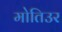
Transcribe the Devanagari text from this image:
मोतिउर